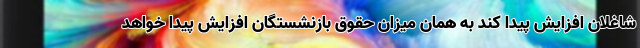
شاغلان افزایش پیدا کند به همان میزان حقوق بازنشستگان افزایش پیدا خواهد